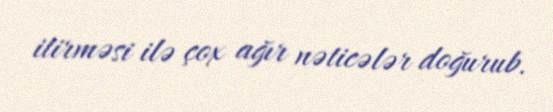
itirməsi ilə çox ağır nəticələr doğurub.